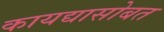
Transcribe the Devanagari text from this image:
कायद्यासोबत